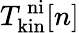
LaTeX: T_{\mathrm{kin}}^{\mathrm{\, ni}}[n]